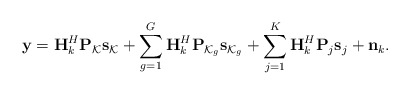
\begin{align*} \mathbf{y} =\mathbf{H}_k^H\mathbf{P}_{\mathcal{K}}\mathbf{s}_{\mathcal{K}}+\sum_{g=1}^{G}\mathbf{H}_k^H\mathbf{P}_{\mathcal{K}_g}\mathbf{s}_{\mathcal{K}_g}+\sum_{j=1}^{K}\mathbf{H}_k^H\mathbf{P}_{j}\mathbf{s}_{j}+\mathbf{n}_k.\end{align*}